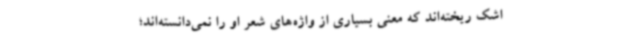
اشک ریخته‌اند که معنی بسیاری از واژه‌های شعر او را نمی‌دانسته‌اند؛